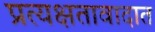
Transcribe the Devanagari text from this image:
प्रत्यक्षतावादात